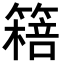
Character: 𥳖